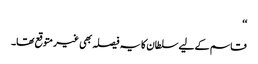
‘‘
قاسم کے لیے سلطان کا یہ فیصلہ بھی غیر متوقع تھا۔